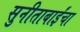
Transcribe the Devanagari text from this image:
सुनीताबाईंचा